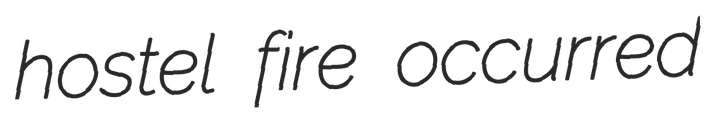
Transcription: hostel fire occurred